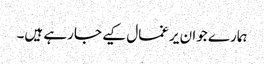
ہمارے جوان یرغمال کیے جارہے ہیں۔